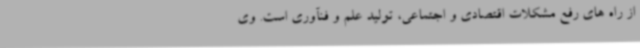
از راه های رفع مشکلات اقتصادی و اجتماعی، تولید علم و فنآوری است. وی